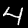
Digit: 4